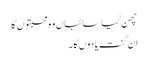
چھن گیا سائباں وہ محبتوں کا
ان گنت یادوں کا۔